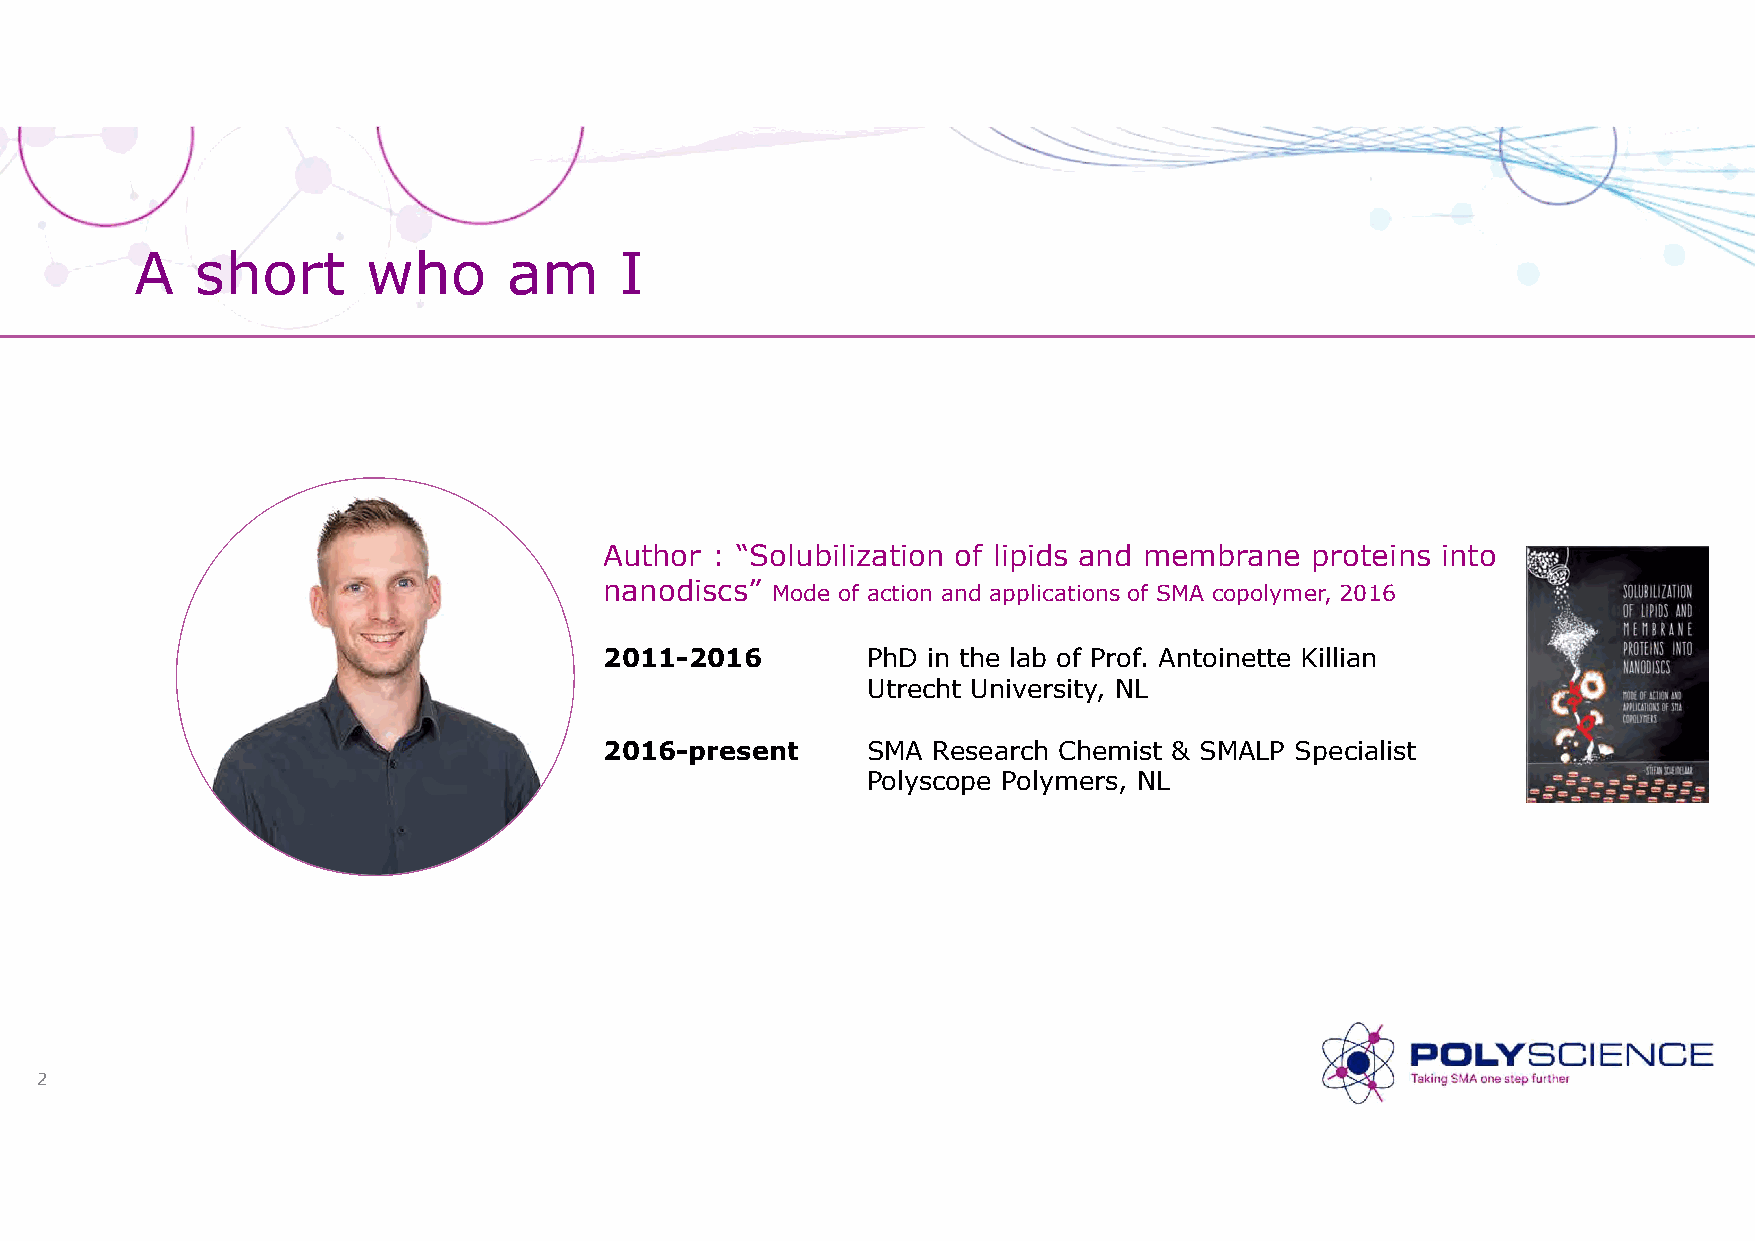
A   short      who       am     I
 Author : “Solubilization of lipids and membrane proteins into
 nanodiscs” Mode of action and applications of SMA copolymer, 2016
 2011-2016        PhD in the lab of Prof. Antoinette Killian
 Utrecht University, NL
 2016-present     SMA  Research Chemist & SMALP Specialist
 Polyscope Polymers, NL
 2